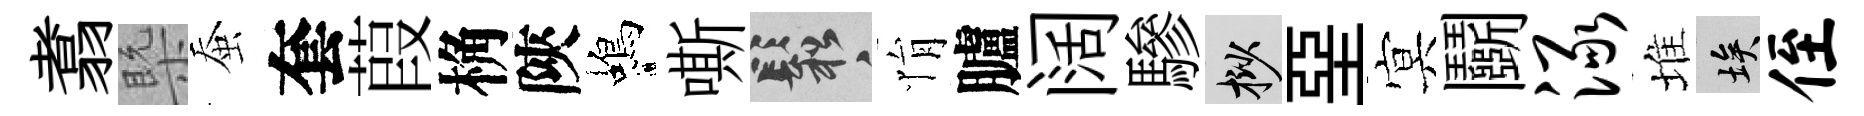
翥槩蚕套葭桷陝蝎嘶鬆悁臚阔驂挲堊㝠鬬渌堆埃侄